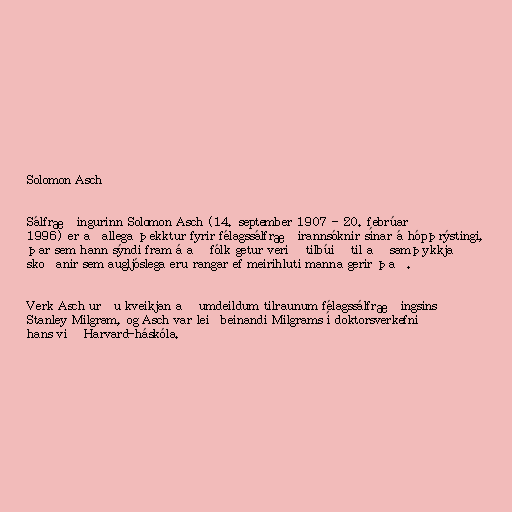
Solomon Asch

Sálfræðingurinn Solomon Asch (14. september 1907 - 20. febrúar
1996) er aðallega þekktur fyrir félagssálfræðirannsóknir sínar á hópþrýstingi,
þar sem hann sýndi fram á að fólk getur verið tilbúið til að samþykkja
skoðanir sem augljóslega eru rangar ef meirihluti manna gerir það.

Verk Asch urðu kveikjan að umdeildum tilraunum félagssálfræðingsins
Stanley Milgram, og Asch var leiðbeinandi Milgrams í doktorsverkefni
hans við Harvard-háskóla.